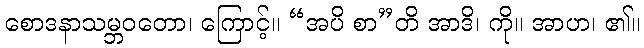
စောဒနာသမ္ဘဝတော၊ ကြောင့်။ “အပိ စာ”တိ အာဒိ၊ ကို။ အာဟ၊ ၏။